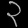
Digit: ၃